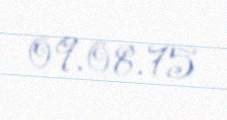
09.08.75